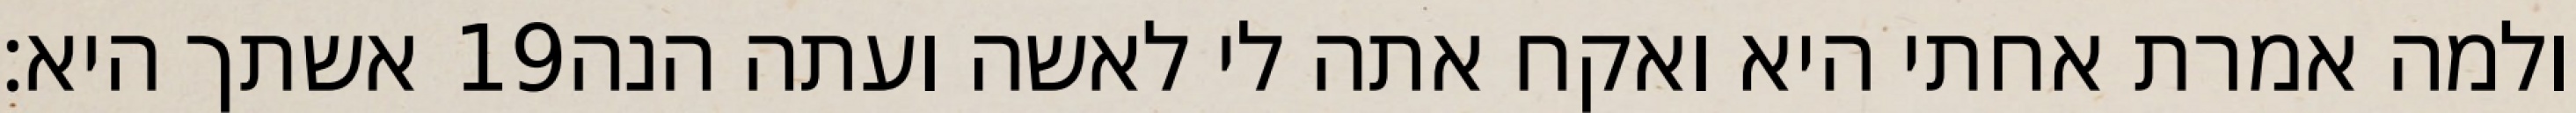
אשתך היא׃ ‎19‏ ולמה אמרת אחתי היא ואקח אתה לי לאשה ועתה הנה